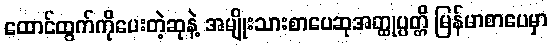
ထောင်ထွက်ကိုပေးတဲ့ဆုနဲ့ အမျိုးသားစာပေဆုအတ္ထုပ္ပတ္တိ မြန်မာစာပေမှာ